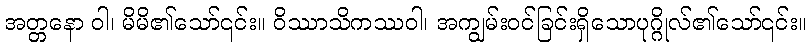
အတ္တနော ဝါ၊ မိမိ၏သော်၎င်း။ ဝိဿာသိကဿဝါ၊ အကျွမ်းဝင်ခြင်းရှိသောပုဂ္ဂိုလ်၏သော်၎င်း။